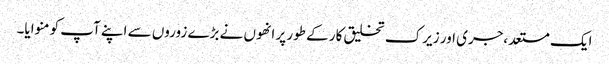
ایک مستعد،جری اور زیرک تخلیق کار کے طور پر انھوں نے بڑے زوروں سے اپنے آپ کو منوایا۔